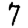
Digit: 7